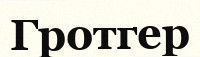
Гротгер